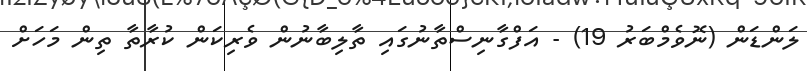
ލަންޑަން (ނޮވެމްބަރު 19) - އަފްގާނިސްތާނުގައި ތާލިބާނުން ވެރިކަން ކުރާތާ ތިން މަހަށް